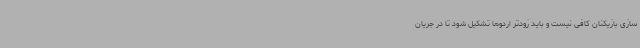
سازی بازیکنان کافی نیست و باید زودتر اردوها تشکیل شود تا در جریان